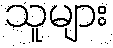
သူများ